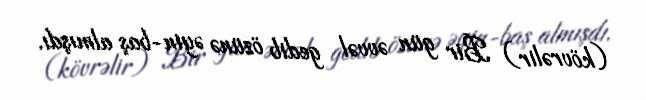
(kövrəlir) Bir gün əvvəl gedib özünə əyin-baş almışdı.